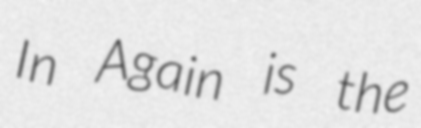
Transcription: In Again is the